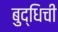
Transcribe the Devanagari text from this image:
बुद्धिची